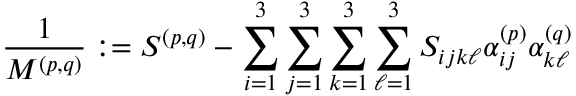
\frac { 1 } { M ^ { ( p , q ) } } : = S ^ { ( p , q ) } - \sum _ { i = 1 } ^ { 3 } \sum _ { j = 1 } ^ { 3 } \sum _ { k = 1 } ^ { 3 } \sum _ { \ell = 1 } ^ { 3 } S _ { i j k \ell } \alpha _ { i j } ^ { ( p ) } \alpha _ { k \ell } ^ { ( q ) }